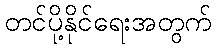
တင်ပို့နိုင်ရေးအတွက်